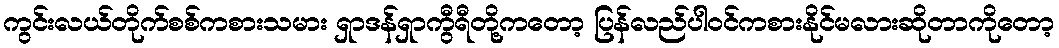
ကွင်းလယ်တိုက်စစ်ကစားသမား ရှာဒန်ရှာကွီရီတို့ကတော့ ပြန်လည်ပါဝင်ကစားနိုင်မလားဆိုတာကိုတော့